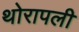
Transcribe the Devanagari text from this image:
थोरापली